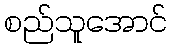
စည်သူအောင်